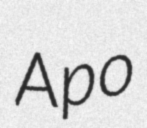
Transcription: Apo